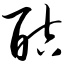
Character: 酤